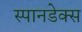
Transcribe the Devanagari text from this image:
स्पानडेक्स